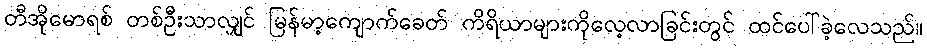
တီအိုမောရစ် တစ်ဦးသာလျှင် မြန်မာ့ကျောက်ခေတ် ကိရိယာများကိုလေ့လာခြင်းတွင် ထင်ပေါ်ခဲ့လေသည်။